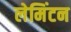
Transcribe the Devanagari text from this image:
लेमिंटन